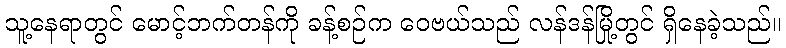
သူ့နေရာတွင် မောင့်ဘက်တန်ကို ခန့်စဉ်က ဝေဗယ်သည် လန်ဒန်မြို့တွင် ရှိနေခဲ့သည်။